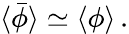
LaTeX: \langle\bar{\phi}\rangle\simeq\langle\phi\rangle\, .